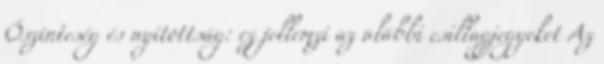
Őszinteség és nyitottság: ez jellemzi az alábbi csillagjegyeket Az